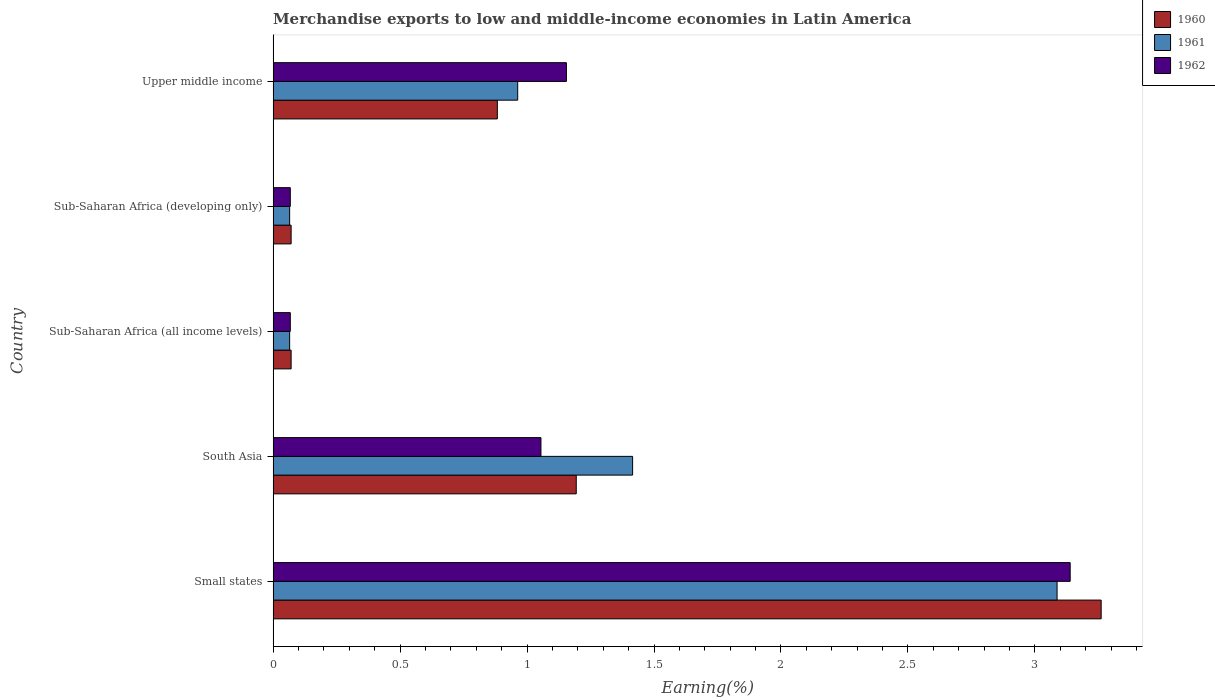
| Country | 1960 | 1961 | 1962 |
 | --- | --- | --- | --- |
 | Small states | 3.26 | 3.09 | 3.14 |
 | South Asia | 1.19 | 1.42 | 1.05 |
 | Sub-Saharan Africa (all income levels) | 0.0709 | 0.065 | 0.0677 |
 | Sub-Saharan Africa (developing only) | 0.0709 | 0.065 | 0.0677 |
 | Upper middle income | 0.883 | 0.963 | 1.16 |